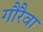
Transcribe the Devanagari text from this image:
गौरैवा